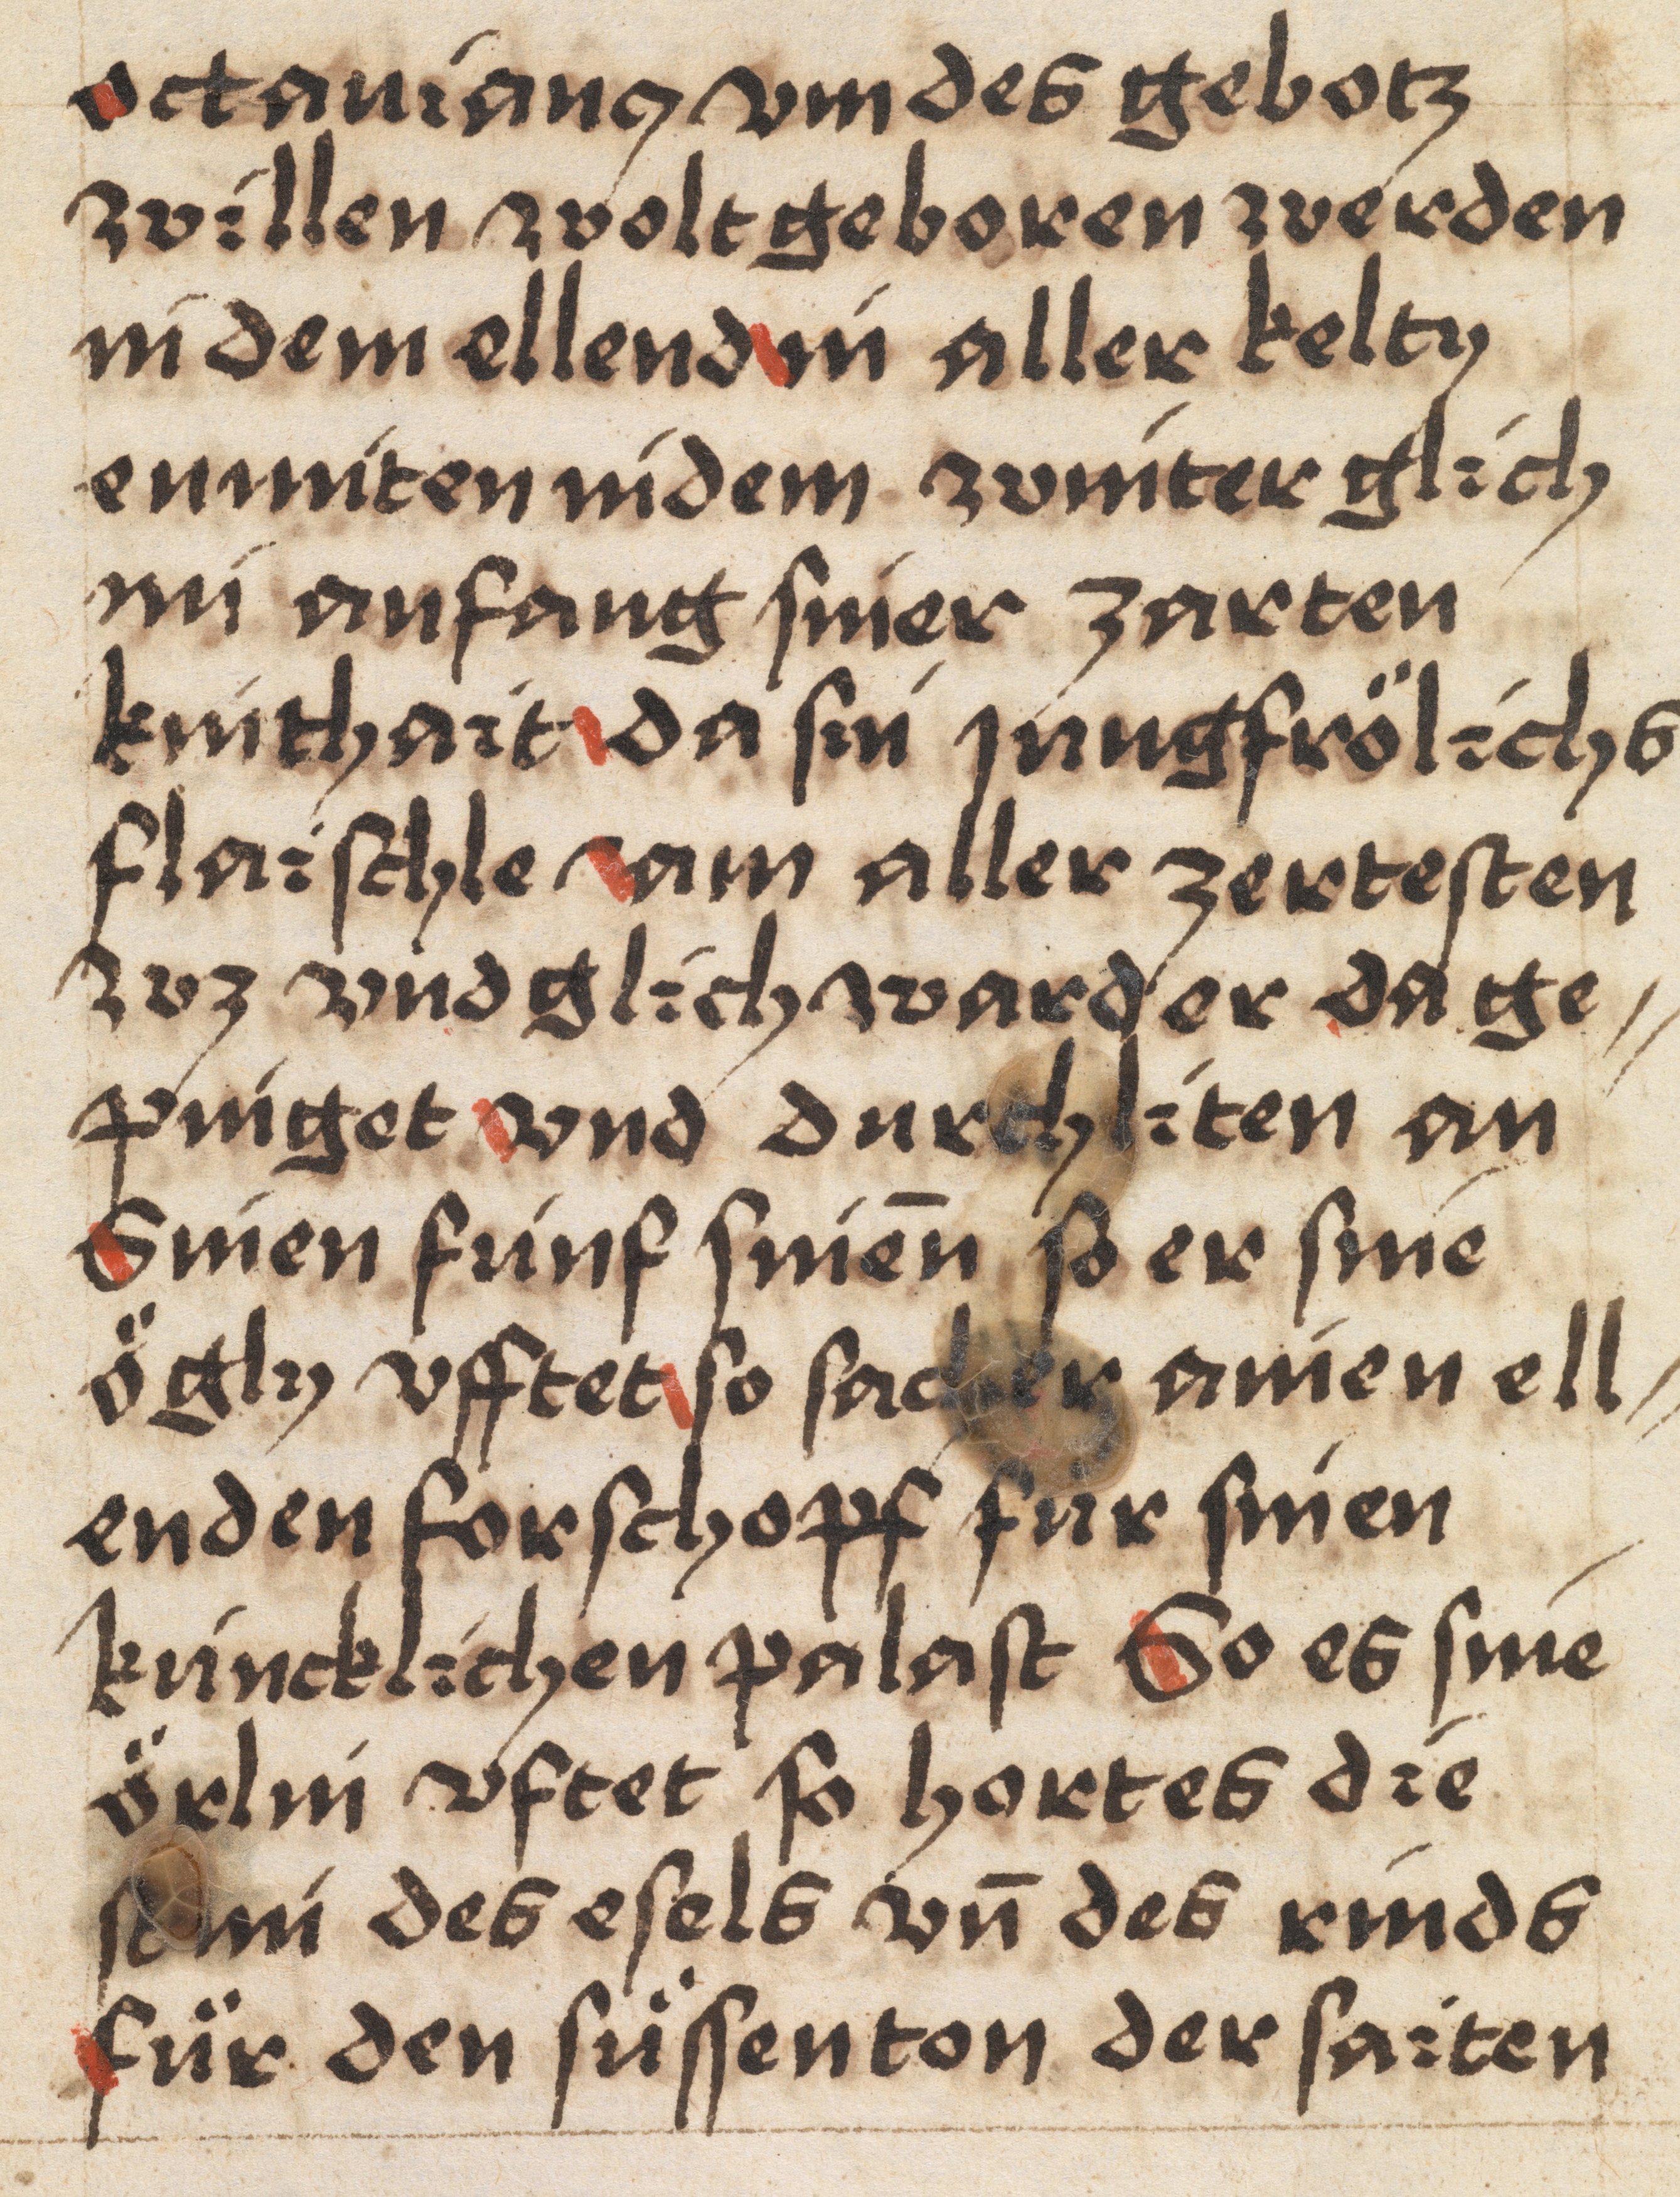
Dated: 1400–1499